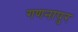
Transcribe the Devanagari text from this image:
गणनापुर